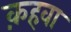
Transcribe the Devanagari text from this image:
क़हवा